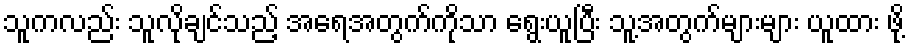
သူကလည်း သူလိုချင်သည့် အရေအတွက်ကိုသာ ရွေးယူပြီး သူ့အတွက်များများ ယူထား ဖို့